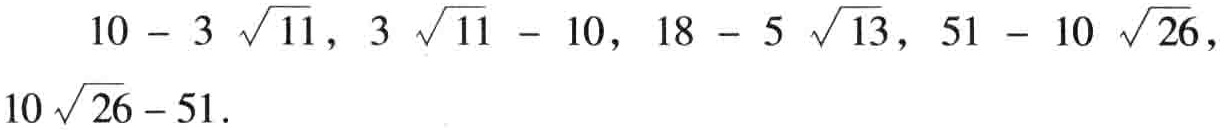
\(10 - 3 \sqrt{11}, 3 \sqrt{11} - 10, 18 - 5 \sqrt{13}, 51 - 10 \sqrt{26}, 10 \sqrt{26} - 51\)